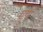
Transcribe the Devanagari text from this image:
गुणं